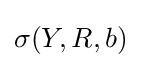
\sigma (Y,R,b)